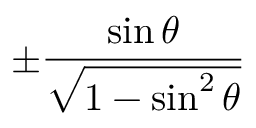
\pm { \frac { \sin \theta } { \sqrt { 1 - \sin ^ { 2 } \theta } } }